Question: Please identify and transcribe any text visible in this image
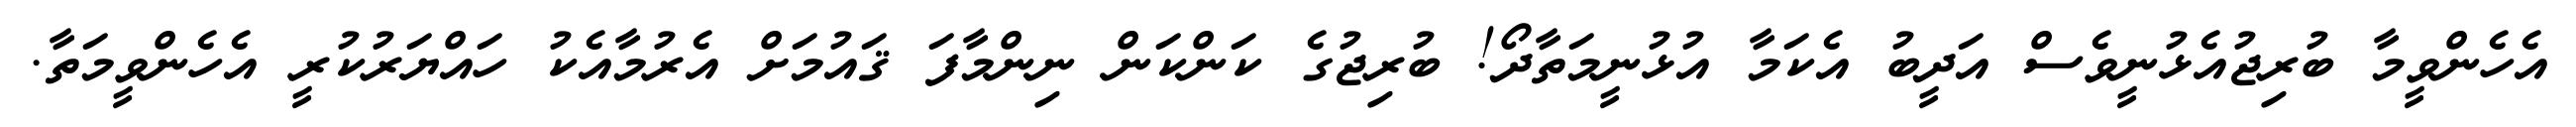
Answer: އެހެންވީމާ ބުރިޖުއެޅުނީވެސް އަދީބު އެކަމާ އުޅުނީމަތާދޯ! ބުރިޖުގެ ކަންކަން ނިންމާފަ ޤައުމަށް އެރުމާއެކު ހައްޔަރުކުރީ އެހެންވީމަތާ.